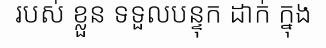
របស់ ខ្លួន ទទួលបន្ទុក ដាក់ ក្នុង